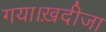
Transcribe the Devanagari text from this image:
गया।ख़दीजा